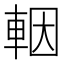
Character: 𨋳